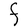
Character: F